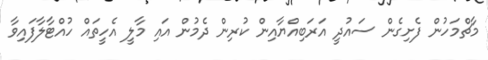
މާޗްމަހުން ފެށިގެން ސައުދީ އަރަބިއްޔާއިން ކުރިން ދެމުން އައި މާލީ އެހީތައް ހުއްޓާލާފައިވާ